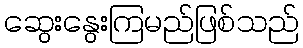
ဆွေးနွေးကြမည်ဖြစ်သည်